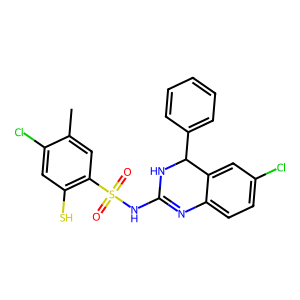
SMILES: Cc1cc(S(=O)(=O)NC2=Nc3ccc(Cl)cc3C(c3ccccc3)N2)c(S)cc1Cl
Inhibits HIV replication: No